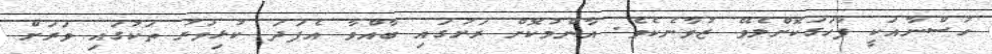
ހުސްނާއަކީ ފާހަގަކޮށްލެވޭ ޒުވާނެކެވެ. އާންމުކޮށް ރަށުގައި ބާއްވާ އެފަދަ ކުޅިވަރު ތަކުގައި ވަރަށް